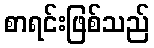
စာရင်းဖြစ်သည်